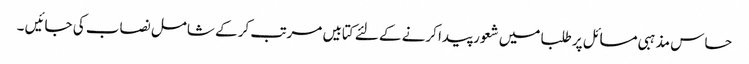
حساس مذہبی مسائل پر طلبا میں شعور پیدا کرنے کے لئے کتابیں مرتب کر کے شامل نصاب کی جائیں ۔